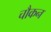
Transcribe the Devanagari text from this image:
चौकन